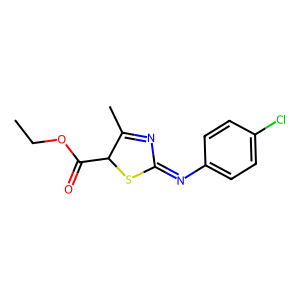
SMILES: CCOC(=O)C1SC(=Nc2ccc(Cl)cc2)N=C1C
Inhibits HIV replication: No